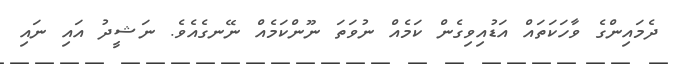
ދެމައިންގެ ވާހަކަތައް އަޑުއިވިގެން ކަމެއް ނުވަތަ ނޫންކަމެއް ނޭނގެއެވެ. ނަޝީދު އައި ނައި